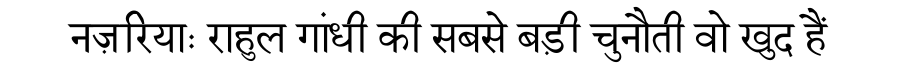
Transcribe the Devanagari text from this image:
नज़रियाः राहुल गांधी की सबसे बड़ी चुनौती वो खुद हैं